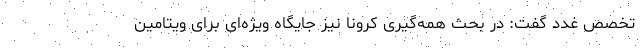
تخصص غدد گفت: در بحث همه‌گیری کرونا نیز جایگاه ویژه‌ای برای ویتامین